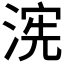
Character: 𮳏